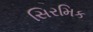
સિરમિક